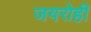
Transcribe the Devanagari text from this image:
जयरोही